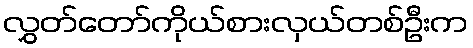
လွှတ်တော်ကိုယ်စားလှယ်တစ်ဦးက